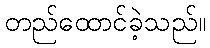
တည်ထောင်ခဲ့သည်။